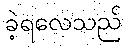
ခဲ့ရလေသည်